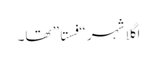
اگلا شہر “فستا” تھا۔